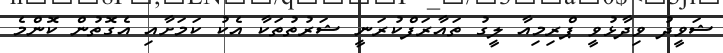
ޝަވީދު ވިދާޅުވީ ޕްރިމިއާ ލީގު ތައާރަފްކުރަނީ ޝަރުތުތަކާ އެކު ކަމަށާއި އެގޮތުން ކޮންމެ